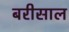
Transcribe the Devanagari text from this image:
बरीसाल